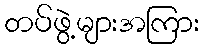
တပ်ဖွဲ့များအကြား